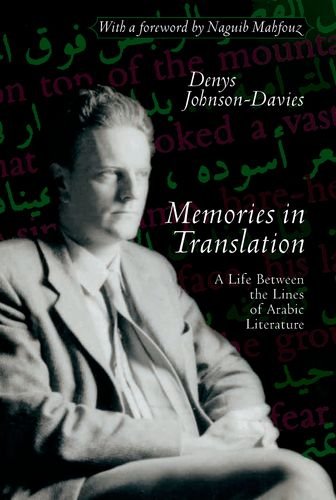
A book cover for Memories In Translation; Denys Johnson-Davies; Travel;